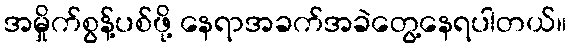
အမှိုက်စွန့်ပစ်ဖို့ နေရာအခက်အခဲတွေ့နေရပါတယ်။